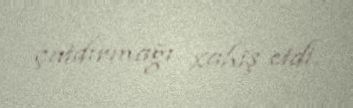
çatdırmağı xahiş etdi.